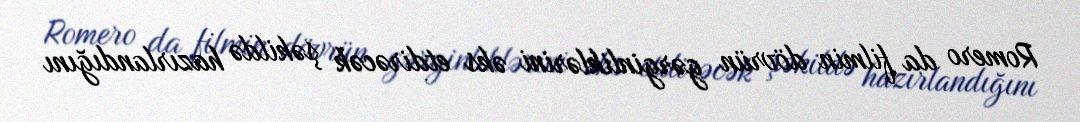
Romero da filmin dövrün gərginliklərini əks etdirəcək şəkildə hazırlandığını